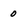
Character: 0